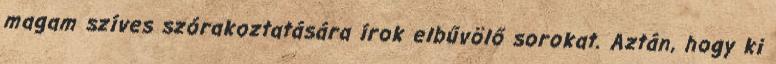
magam szíves szórakoztatására írok elbűvölő sorokat. Aztán, hogy ki